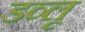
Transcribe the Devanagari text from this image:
डव्लू